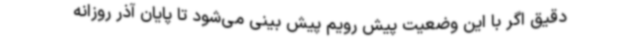
دقیق اگر با این وضعیت پیش رویم پیش بینی می‌شود تا پایان آذر روزانه